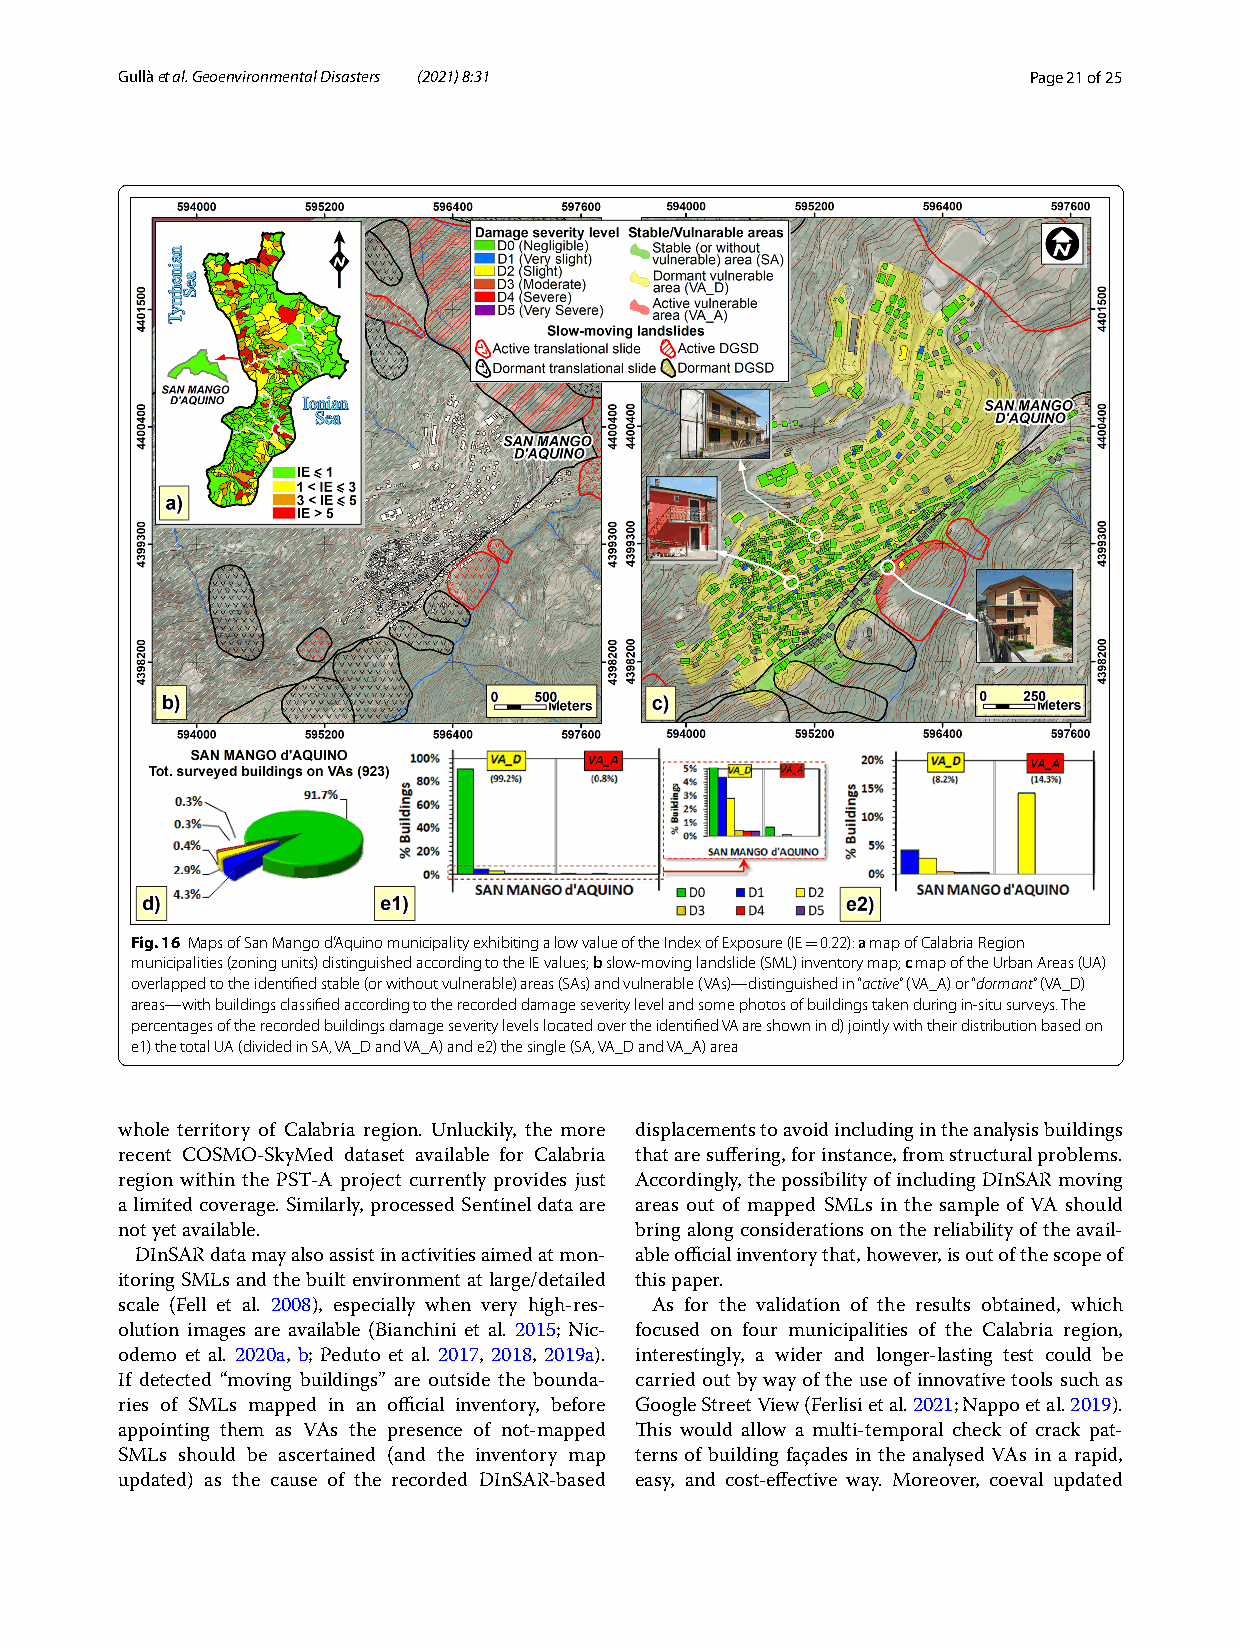
G ullà et al. Geoenvironmental Disasters (2021) 8:31        Page 21 of 25
 Fig. 16 Maps of San Mango d’Aquino municipality exhibiting a low value of the Index of Exposure (IE 0.22): a map of Calabria Region
 =
 municipalities (zoning units) distinguished according to the IE values; b slow-moving landslide (SML) inventory map; c map of the Urban Areas (UA)
 overlapped to the identified stable (or without vulnerable) areas (SAs) and vulnerable (VAs)—distinguished in “active” (VA_A) or “dormant” (VA_D)
 areas—with buildings classified according to the recorded damage severity level and some photos of buildings taken during in-situ surveys. The
 percentages of the recorded buildings damage severity levels located over the identified VA are shown in d) jointly with their distribution based on
 e1) the total UA (divided in SA, VA_D and VA_A) and e2) the single (SA, VA_D and VA_A) area
 whole territory of Calabria region. Unluckily, the more displacements to avoid including in the analysis buildings
 recent COSMO-SkyMed dataset available for Calabria that are suffering, for instance, from structural problems.
 region within the PST-A project currently provides just Accordingly, the possibility of including DInSAR moving
 a limited coverage. Similarly, processed Sentinel data are areas out of mapped SMLs in the sample of VA should
 not yet available.                bring along considerations on the reliability of the avail-
 DInSAR data may also assist in activities aimed at mon- able official inventory that, however, is out of the scope of
 itoring SMLs and the built environment at large/detailed this paper.
 scale (Fell et al. 2008), especially when very high-res- As for the validation of the results obtained, which
 olution images are available (Bianchini et al. 2015; Nic- focused on four municipalities of the Calabria region,
 odemo et al. 2020a, b; Peduto et al. 2017, 2018, 2019a). interestingly, a wider and longer-lasting test could be
 If detected “moving buildings” are outside the bounda- carried out by way of the use of innovative tools such as
 ries of SMLs mapped in an official inventory, before Google Street View (Ferlisi et al. 2021; Nappo et al. 2019).
 appointing them as VAs the presence of not-mapped This would allow a multi-temporal check of crack pat-
 SMLs should be ascertained (and the inventory map terns of building façades in the analysed VAs in a rapid,
 updated) as the cause of the recorded DInSAR-based easy, and cost-effective way. Moreover, coeval updated